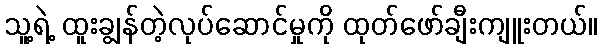
သူ့ရဲ့ ထူးချွန်တဲ့လုပ်ဆောင်မှုကို ထုတ်ဖော်ချီးကျူးတယ်။